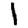
Digit: 1